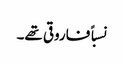
نسباً فاروقی تھے۔